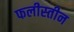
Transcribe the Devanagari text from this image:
फलीस्‍तीन